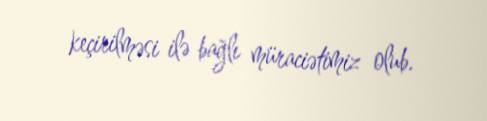
keçirilməsi ilə bağlı müraciətimiz olub.